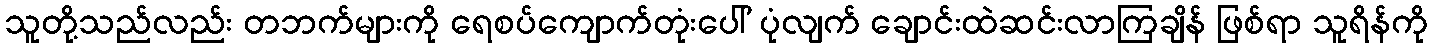
သူတို့သည်လည်း တဘက်များကို ရေစပ်ကျောက်တုံးပေါ် ပုံလျက် ချောင်းထဲဆင်းလာကြချိန် ဖြစ်ရာ သူရိန်ကို